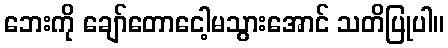
ဘေးကို ချော်တောငေါ့မသွားအောင် သတိပြုပါ။